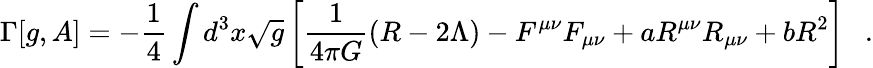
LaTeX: \Gamma[g,A]=-\frac 14\int d^{3}x\sqrt{g}\left[{\frac{1}{4\pi G}}(R-2\Lambda)-F^{\mu\nu}F_{\mu\nu}+aR^{\mu\nu}R_{\mu\nu}+bR^{2}\right]~~~.